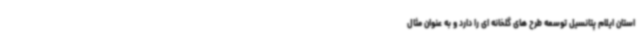
استان ایلام پتانسیل توسعه طرح های گلخانه ای را دارد و به عنوان مثال